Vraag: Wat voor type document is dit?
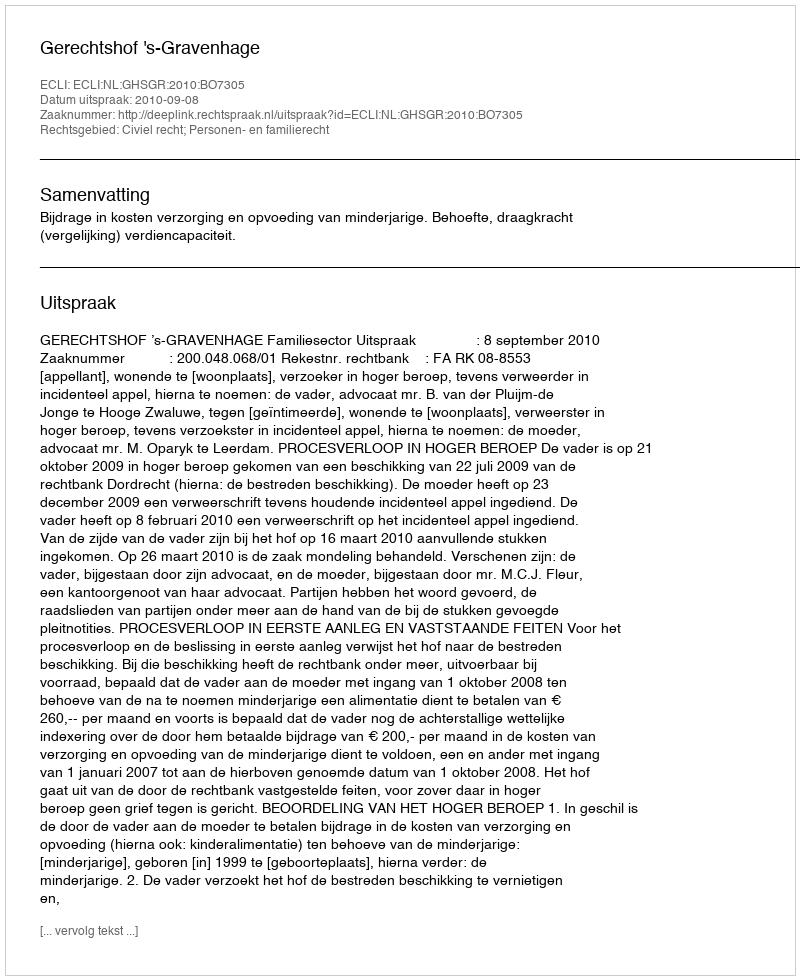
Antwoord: Uitspraak